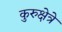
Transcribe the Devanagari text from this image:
कुरुक्षेत्रे